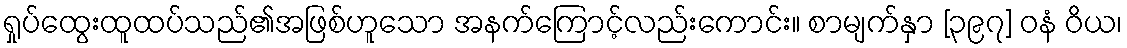
ရှုပ်ထွေးထူထပ်သည်၏အဖြစ်ဟူသော အနက်ကြောင့်လည်းကောင်း။ စာမျက်နှာ [၃၉၇] ဝနံ ဝိယ၊